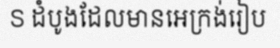
S ដំបូងដែលមានអេក្រង់រៀប